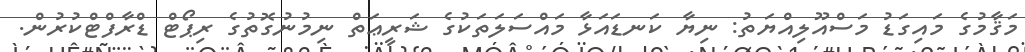
މަޤާމުގެ މައިގަޑު މަސްއޫލިއްޔަތު: ނިޔާ ކަނޑައަޅާ މައްސަލަތަކުގެ ޝަރީޢަތް ނިމުނުގޮތުގެ ރިޕޯޓް ޑްރާފްޓްކުރުން.